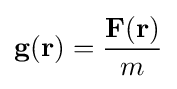
\mathbf {g} (\mathbf {r} )={\frac {\mathbf {F} (\mathbf {r} )}{m}}